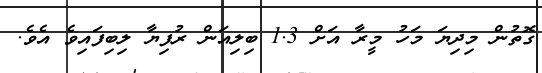
ގޮތުން މިދިޔަ މަހު މީރާ އަށް 1.3 ބިލިއަން ރުފިޔާ ލިބިފައިވެ އެވެ.